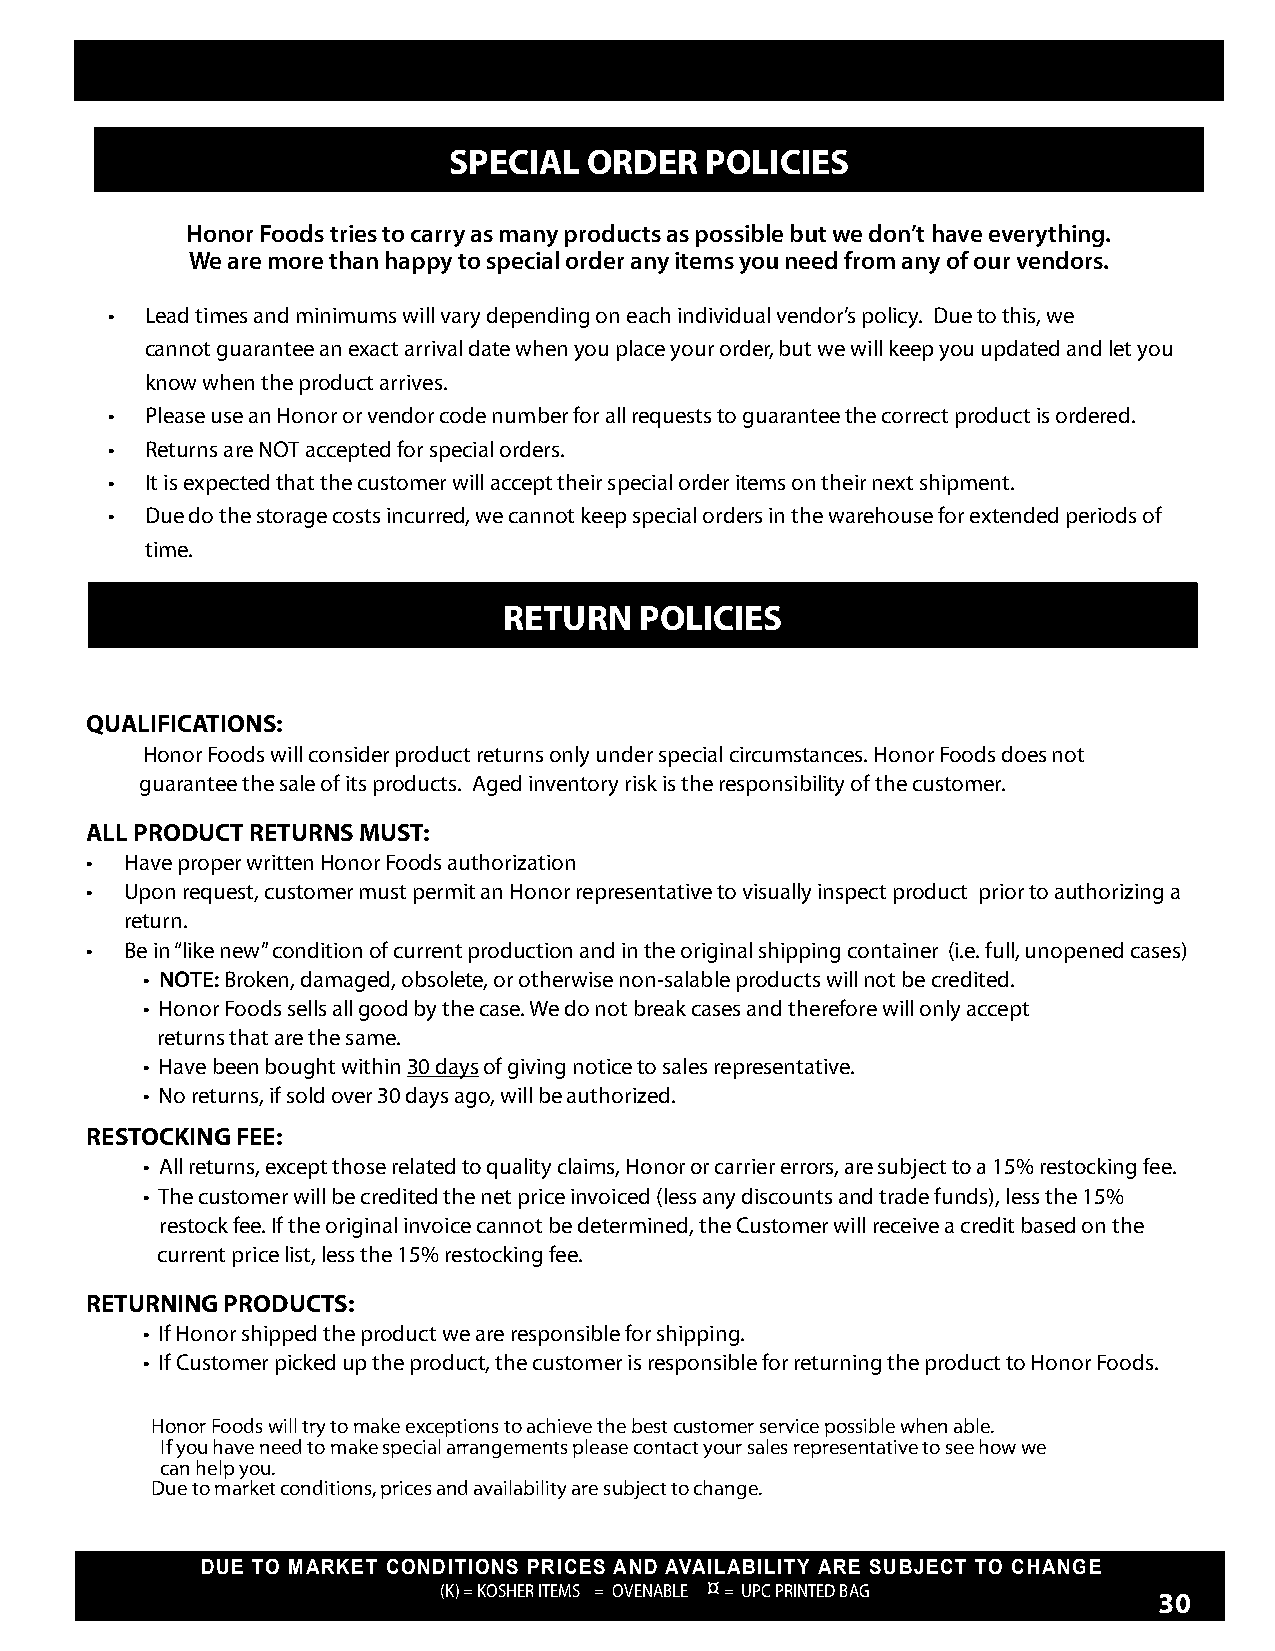
SPECIAL  ORDER   POLICIES
 Honor Foods tries to carry as many products as possible but we don’t have everything.
 We are more than happy to special order any items you need from any of our vendors.
 •  Lead times and minimums will vary depending on each individual vendor’s policy. Due to this, we
 cannot guarantee an exact arrival date when you place your order, but we will keep you updated and let you
 know when the product arrives.
 •  Please use an Honor or vendor code number for all requests to guarantee the correct product is ordered.
 •  Returns are NOT accepted for special orders.
 •  It is expected that the customer will accept their special order items on their next shipment.
 •  Due do the storage costs incurred, we cannot keep special orders in the warehouse for extended periods of
 time.
 RETURN   POLICIES
 QUALIFICATIONS:
 Honor Foods will consider product returns only under special circumstances. Honor Foods does not
 guarantee the sale of its products. Aged inventory risk is the responsibility of the customer.
 ALL PRODUCT RETURNS MUST:
 • Have proper written Honor Foods authorization
 • Upon request, customer must permit an Honor representative to visually inspect product prior to authorizing a
 return.
 • Be in “like new” condition of current production and in the original shipping container (i.e. full, unopened cases)
 • NOTE: Broken, damaged, obsolete, or otherwise non-salable products will not be credited.
 • Honor Foods sells all good by the case. We do not break cases and therefore will only accept
 returns that are the same.
 • Have been bought within 30 days of giving notice to sales representative.
 • No returns, if sold over 30 days ago, will be authorized.
 RESTOCKING FEE:
 • All returns, except those related to quality claims, Honor or carrier errors, are subject to a 15% restocking fee.
 • The customer will be credited the net price invoiced (less any discounts and trade funds), less the 15%
 restock fee. If the original invoice cannot be determined, the Customer will receive a credit based on the
 current price list, less the 15% restocking fee.
 RETURNING PRODUCTS:
 • If Honor shipped the product we are responsible for shipping.
 • If Customer picked up the product, the customer is responsible for returning the product to Honor Foods.
 Honor Foods will try to make exceptions to achieve the best customer service possible when able.
 If you have need to make special arrangements please contact your sales representative to see how we
 can help you.
 Due to market conditions, prices and availability are subject to change.
 DUE TO MARKET CONDITIONS PRICES AND AVAILABILITY ARE SUBJECT TO CHANGE
 (K) = KOSHER ITEMS = OVENABLE ¤ = UPC PRINTED BAG
 30